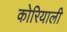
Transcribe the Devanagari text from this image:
कोरियाली